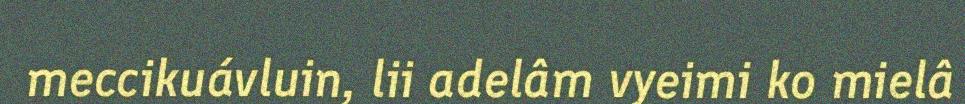
meccikuávluin, lii adelâm vyeimi ko mielâ